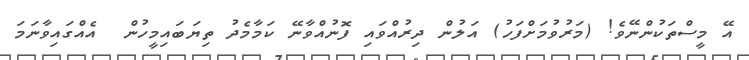
އޭ މީސްތަކުންނޭވެ! (މަރުވުމަށްފަހު) އަލުން ދިރުއްވައި ފޮނުއްވާނޭ ކަމާމެދު ތިޔަބައިމީހުން  އެއްގައިވާނަމަ